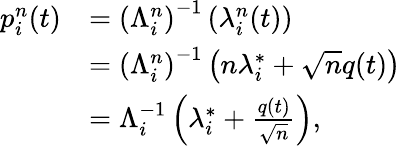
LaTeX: \begin{array}{rl}{p_{i}^{n}(t)}&{=\left(\Lambda_{i}^{n}\right)^{-1}\left(\lambda_{i}^{n}(t)\right)}\\ &{=\left(\Lambda_{i}^{n}\right)^{-1}\left(n\lambda_{i}^{*}+\sqrt{n}q(t)\right)}\\ &{=\Lambda_{i}^{-1}\left(\lambda_{i}^{*}+\frac{q(t)}{\sqrt{n}}\right),}\end{array}